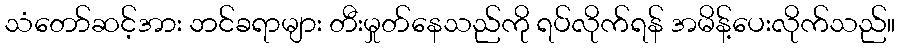
သံတော်ဆင့်အား ဘင်ခရာများ တီးမှုတ်နေသည်ကို ရပ်လိုက်ရန် အမိန့်ပေးလိုက်သည်။